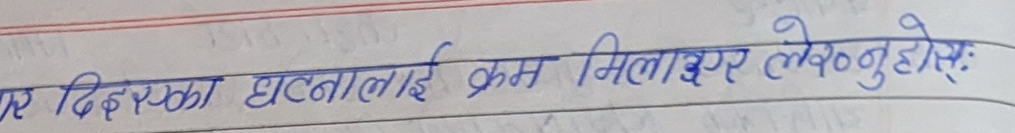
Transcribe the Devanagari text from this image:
र दिइएका घटनालाई क्रम मिलाएर लेख्नुहोस्: